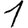
Digit: 1